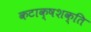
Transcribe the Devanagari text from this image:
कटाक्षशक्ति